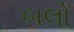
બલો